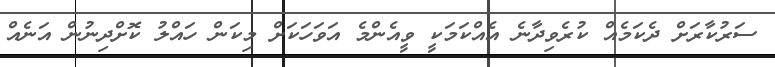
ސަރުކާރަށް ދެކަމެއް ކުރެވިދާނެ އެއްކަމަކީ ވީއެންމެ އަވަހަކަށް މިކަން ހައްލު ކޮށްދިނުން އަނެއް